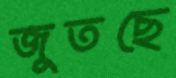
জুতছে